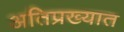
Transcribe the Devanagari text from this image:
अतिप्रख्यात